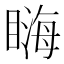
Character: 𥉪